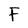
Character: F